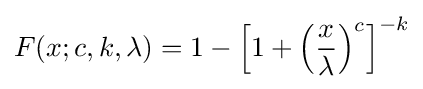
F(x;c,k,\lambda )=1-\left[1+\left({\frac {x}{\lambda }}\right)^{c}\right]^{-k}